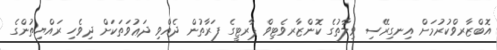
އޮބްޒާރވްކުރުމަށް އިނގިރޭސި ވިލާތުގެ ކޮންޒާރވެޓިވް ޕާރޓީގެ ފަރާތުން ދެއްވި ދަޢުވަތަކަށް ދިވެހި ރައްޔިތުންގެ